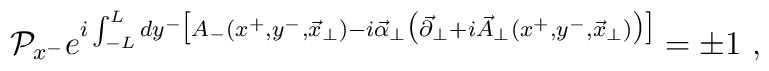
{\cal P}_{x^{-}}e^{i\int_{-L}^{L}dy^{-}\big[A_{-}(x^{+},y^{-},{\vec x}_{\perp})-i{\vec \alpha}_{\perp}\big({\vec \partial}_{\perp}+i{\vec A}_{\perp}(x^{+},y^{-},{\vec x}_{\perp})\big)\big]}= \pm 1\,\,,